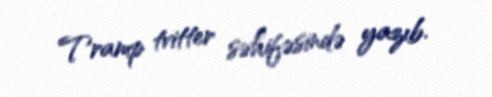
Tramp tvitter səhifəsində yazıb.